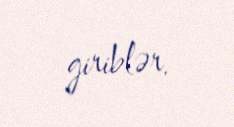
giriblər.